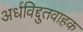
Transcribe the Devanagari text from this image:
अर्धविद्दुतवाहक